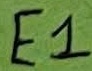
Text: E1